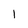
Character: 1